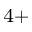
^ { 4 + }